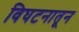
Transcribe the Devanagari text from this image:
विघटनातून